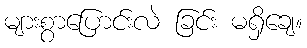
များစွာပြောင်းလဲ ခြင်း မရှိချေ။